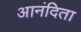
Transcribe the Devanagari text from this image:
आनंदिता